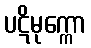
ပဋိမုက္ကော